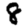
Digit: 8